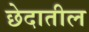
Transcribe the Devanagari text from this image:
छेदातील